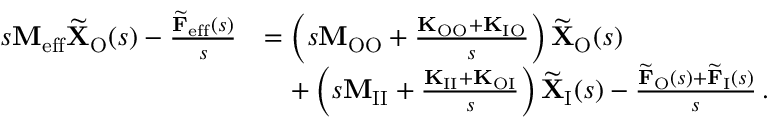
\begin{array} { r l } { s \mathbf { M } _ { \mathrm { e f f } } \widetilde { \mathbf { X } } _ { \mathrm { O } } ( s ) - \frac { \widetilde { \mathbf { F } } _ { \mathrm { e f f } } ( s ) } { s } } & { = \left( s \mathbf { M } _ { \mathrm { O O } } + \frac { \mathbf { K } _ { \mathrm { O O } } + \mathbf { K } _ { \mathrm { I O } } } { s } \right) \widetilde { \mathbf { X } } _ { \mathrm { O } } ( s ) } \\ & { \quad + \left( s \mathbf { M } _ { \mathrm { I I } } + \frac { \mathbf { K } _ { \mathrm { I I } } + \mathbf { K } _ { \mathrm { O I } } } { s } \right) \widetilde { \mathbf { X } } _ { \mathrm { I } } ( s ) - \frac { \widetilde { \mathbf { F } } _ { \mathrm { O } } ( s ) + \widetilde { \mathbf { F } } _ { \mathrm { I } } ( s ) } { s } \, . } \end{array}